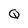
Character: Q